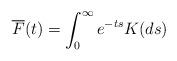
LaTeX: \begin{align*}\overline{F}(t) = \int_0^\infty e^{-ts} K(ds)\end{align*}